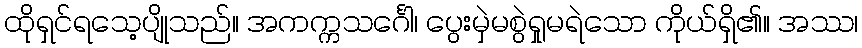
ထိုရှင်ရသေ့ပျိုသည်။ အကက္ကသင်္ဂေါ၊ ပွေးမှဲမစွဲရှုမရဲသော ကိုယ်ရှိ၏။ အဿ၊